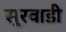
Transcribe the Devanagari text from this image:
सूरवाडी